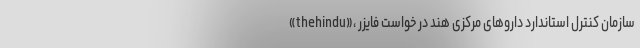
«thehindu»، سازمان کنترل استاندارد داروهای مرکزی هند در خواست فایزر